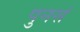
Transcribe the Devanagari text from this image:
पुनसं